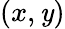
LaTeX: (x,\mathit{y})